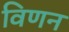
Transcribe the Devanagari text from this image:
विणन